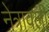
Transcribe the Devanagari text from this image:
नेत्रावली